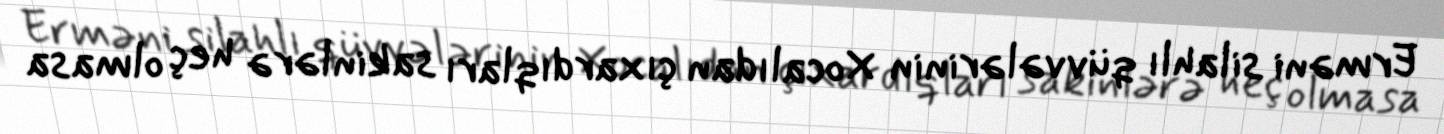
Erməni silahlı qüvvələrinin Xocalıdan çıxardıqları sakinlərə heç olmasa